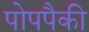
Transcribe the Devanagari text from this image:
पोपपैकी